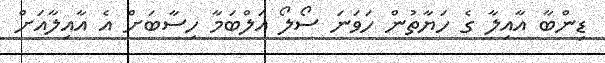
ޑިންބާ އާއިލާ ގެ ހަޔާތުން ހަވަނަ ސޯލޯ އަލްބަމާ ހިސާބަށް އެ އާއިލާއަށް